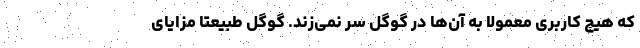
که هیچ کاربری معمولا به آن‌ها در گوگل سر نمی‌زند. گوگل طبیعتا مزایای